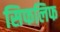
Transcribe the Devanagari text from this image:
सिफलिफ